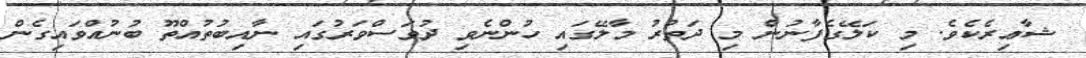
ޝާޢިރެކެވެ. މި ކަލޭގެފާނުން މި ދަތުރު މާލޭގައި ހުންނެވި ދުވަސްވަރުގައި ނާއިބުތުއްތޫ ބުނުއްވައިގެން